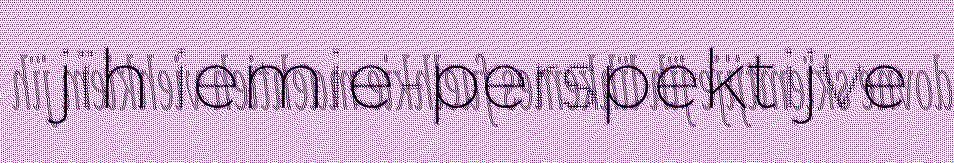
jïh iemie-perspektijve